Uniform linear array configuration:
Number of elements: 64
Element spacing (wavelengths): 1
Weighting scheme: cosine
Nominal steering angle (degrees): -30
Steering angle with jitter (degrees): -28.412
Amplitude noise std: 0.05
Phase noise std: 0.05

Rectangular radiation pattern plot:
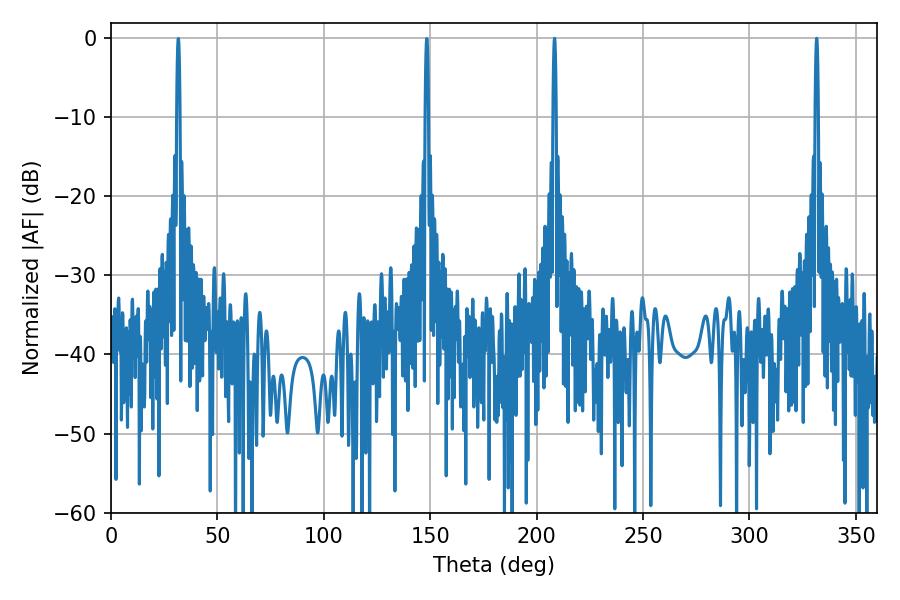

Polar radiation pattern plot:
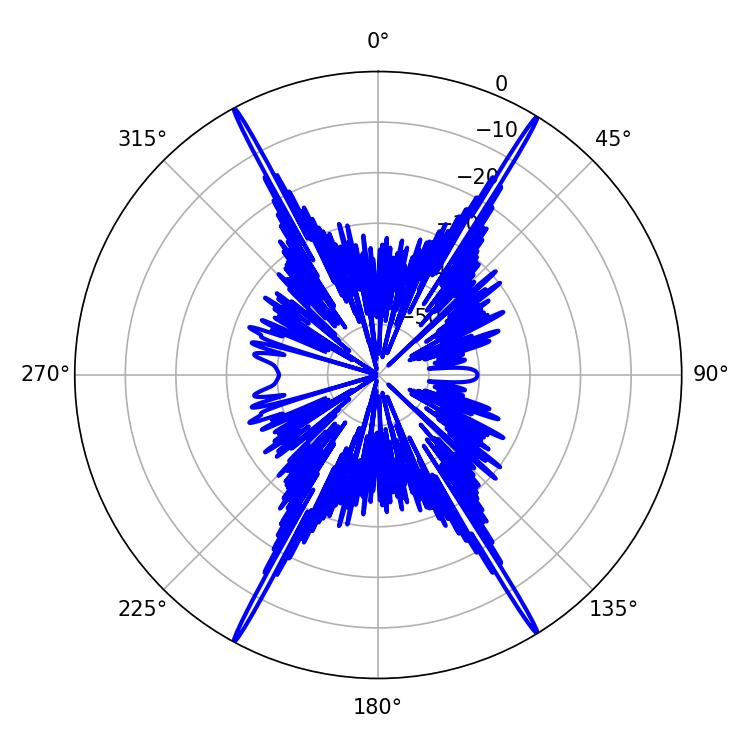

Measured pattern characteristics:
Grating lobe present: TRUE
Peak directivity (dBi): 29.414
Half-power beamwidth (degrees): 0.72
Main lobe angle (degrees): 331.56